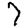
Digit: 7